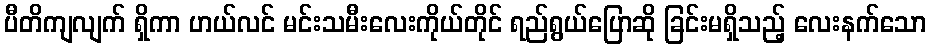
ပီတိကျလျက် ရှိကာ ဟယ်လင် မင်းသမီးလေးကိုယ်တိုင် ရည်ရွယ်ပြောဆို ခြင်းမရှိသည့် လေးနက်သော